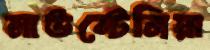
মাউন্টেনিয়া